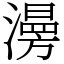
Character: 澷